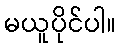
မယူပိုင်ပါ။